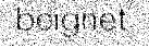
beignet